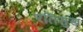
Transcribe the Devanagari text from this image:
रतिसुख